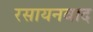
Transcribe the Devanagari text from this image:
रसायनवाद